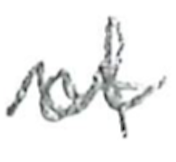
Text: of
Cross-out: zig-zag
Writing tool: pencil